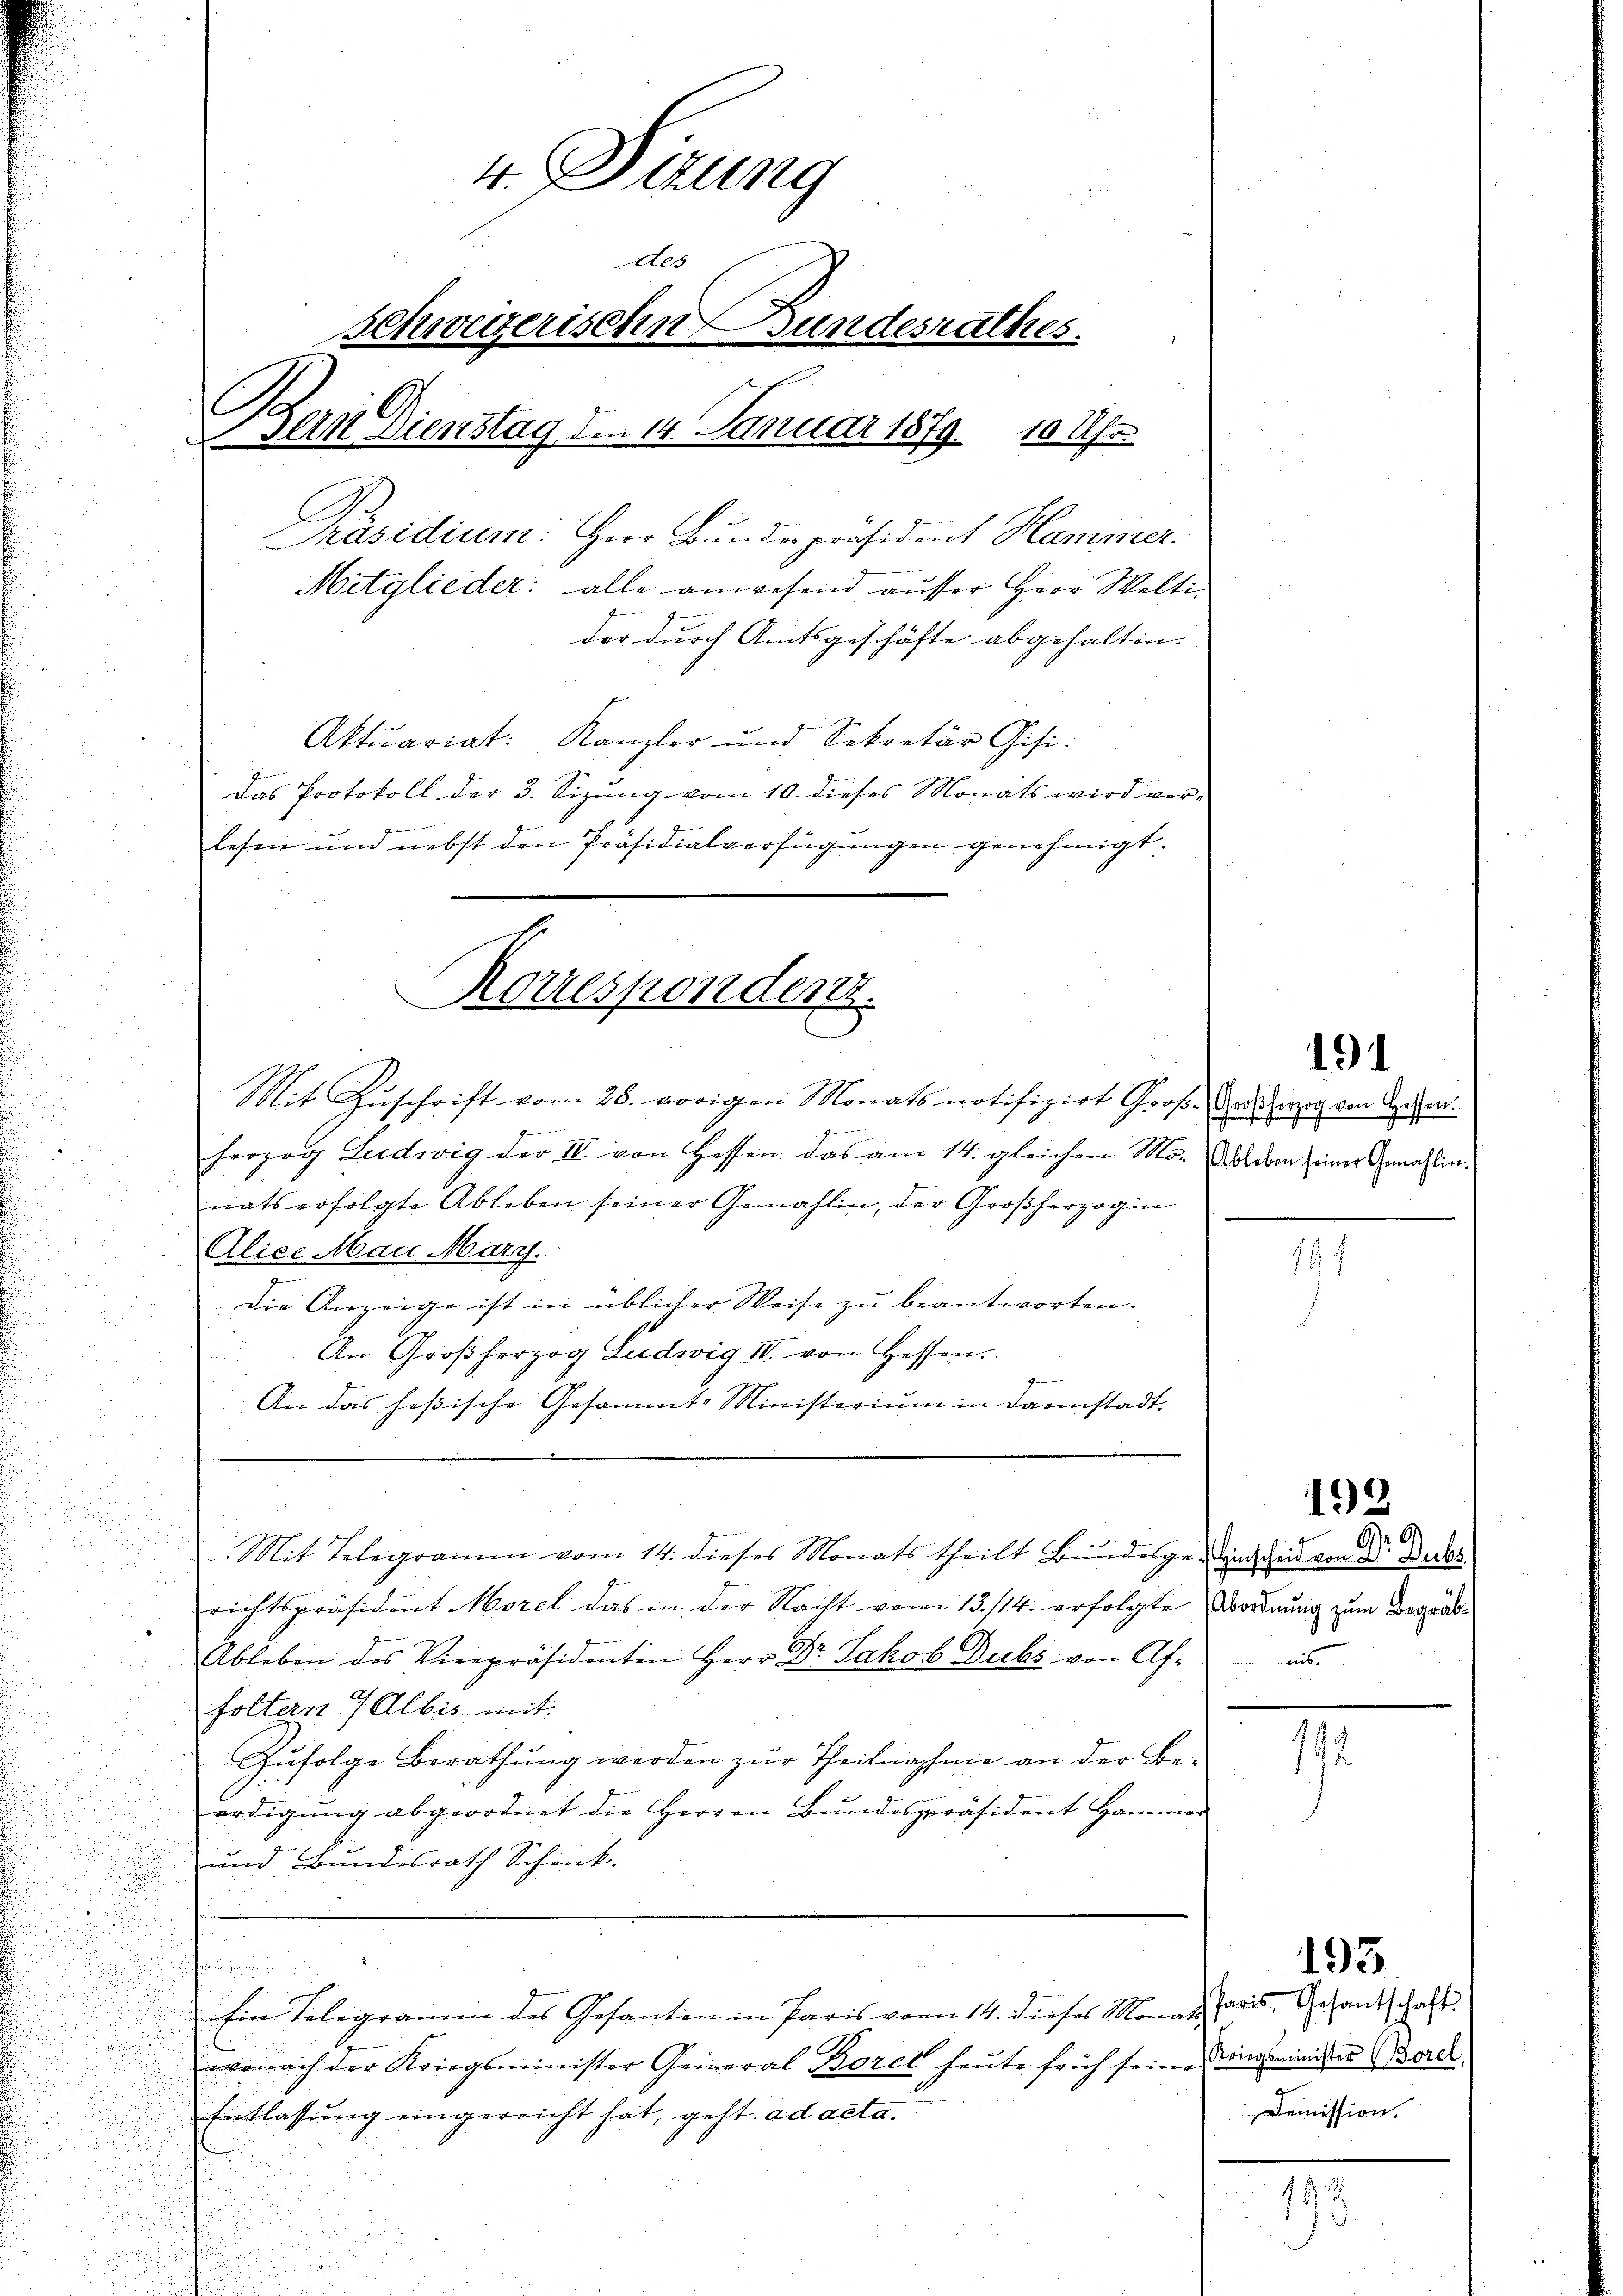
4. Sizung
des
Schweizerische Bundesrathes.
A
sein Dienstag den 14. Januar 1879. 10 Uhr

Korrespondert.

Präsidium: Herr Bundespräsident Hammer.
Mitglieder: alle anwesend ausser Herr Welti
der durch Amtsgeschäfte abgehalten.
Aktuariat:
Kanzler und Sekretär Gisi-
Das Protokoll der 3. Sizung vom 10. dieses Monats wird vere
lesen und nebst den Präsidialverfügungen genehmigt.
Mit Zŭschrift vom 28. vorigen Monats notifizirt Groß-Ausweg von Appenf
Geme
herzog Ludwig der IV. von Hessen das am 14. gleichen Mo-leben seiner Gemahlin
d
nats erfolgte Ableben seiner Gemahlin, der Großherzogin
u
Alice Mau Mart.
die Anzeige ist in üblicher Weise zu beantworten.
An Großherzog Ludwig III. von Hessen
e
An das hessische Gesammte Ministerium in darinstadt.
u
u
.
d
Mit Telegramm vom 14. dieses Monats theilt Bŭndelgesich zeit von d. d. des
richtspräsident Morel das in der Nacht vom 13./14. erfolgte Abordnung zum Begrä¬
Ableben des Vicepräsidenten Herr Dr. Jakob Dubs von Affolten 7 Albis mit
Zufolge Berathung werden zur Theilnahme an der Beerdigung abgeordnet die Herren Bundespräsident Hammer
und Bundesrath Schenk.
i
Ein Telegramm des Gesanten in Paris vom 14. dieses Monat Paris, Gesantschaft
wonach der Kriegsminister General Borel heŭte früh seine ringemeiniger Borel.
Entlassung eingereicht hat, geht. ad acta.

191

191

192

eise

192

193

Demission.

17